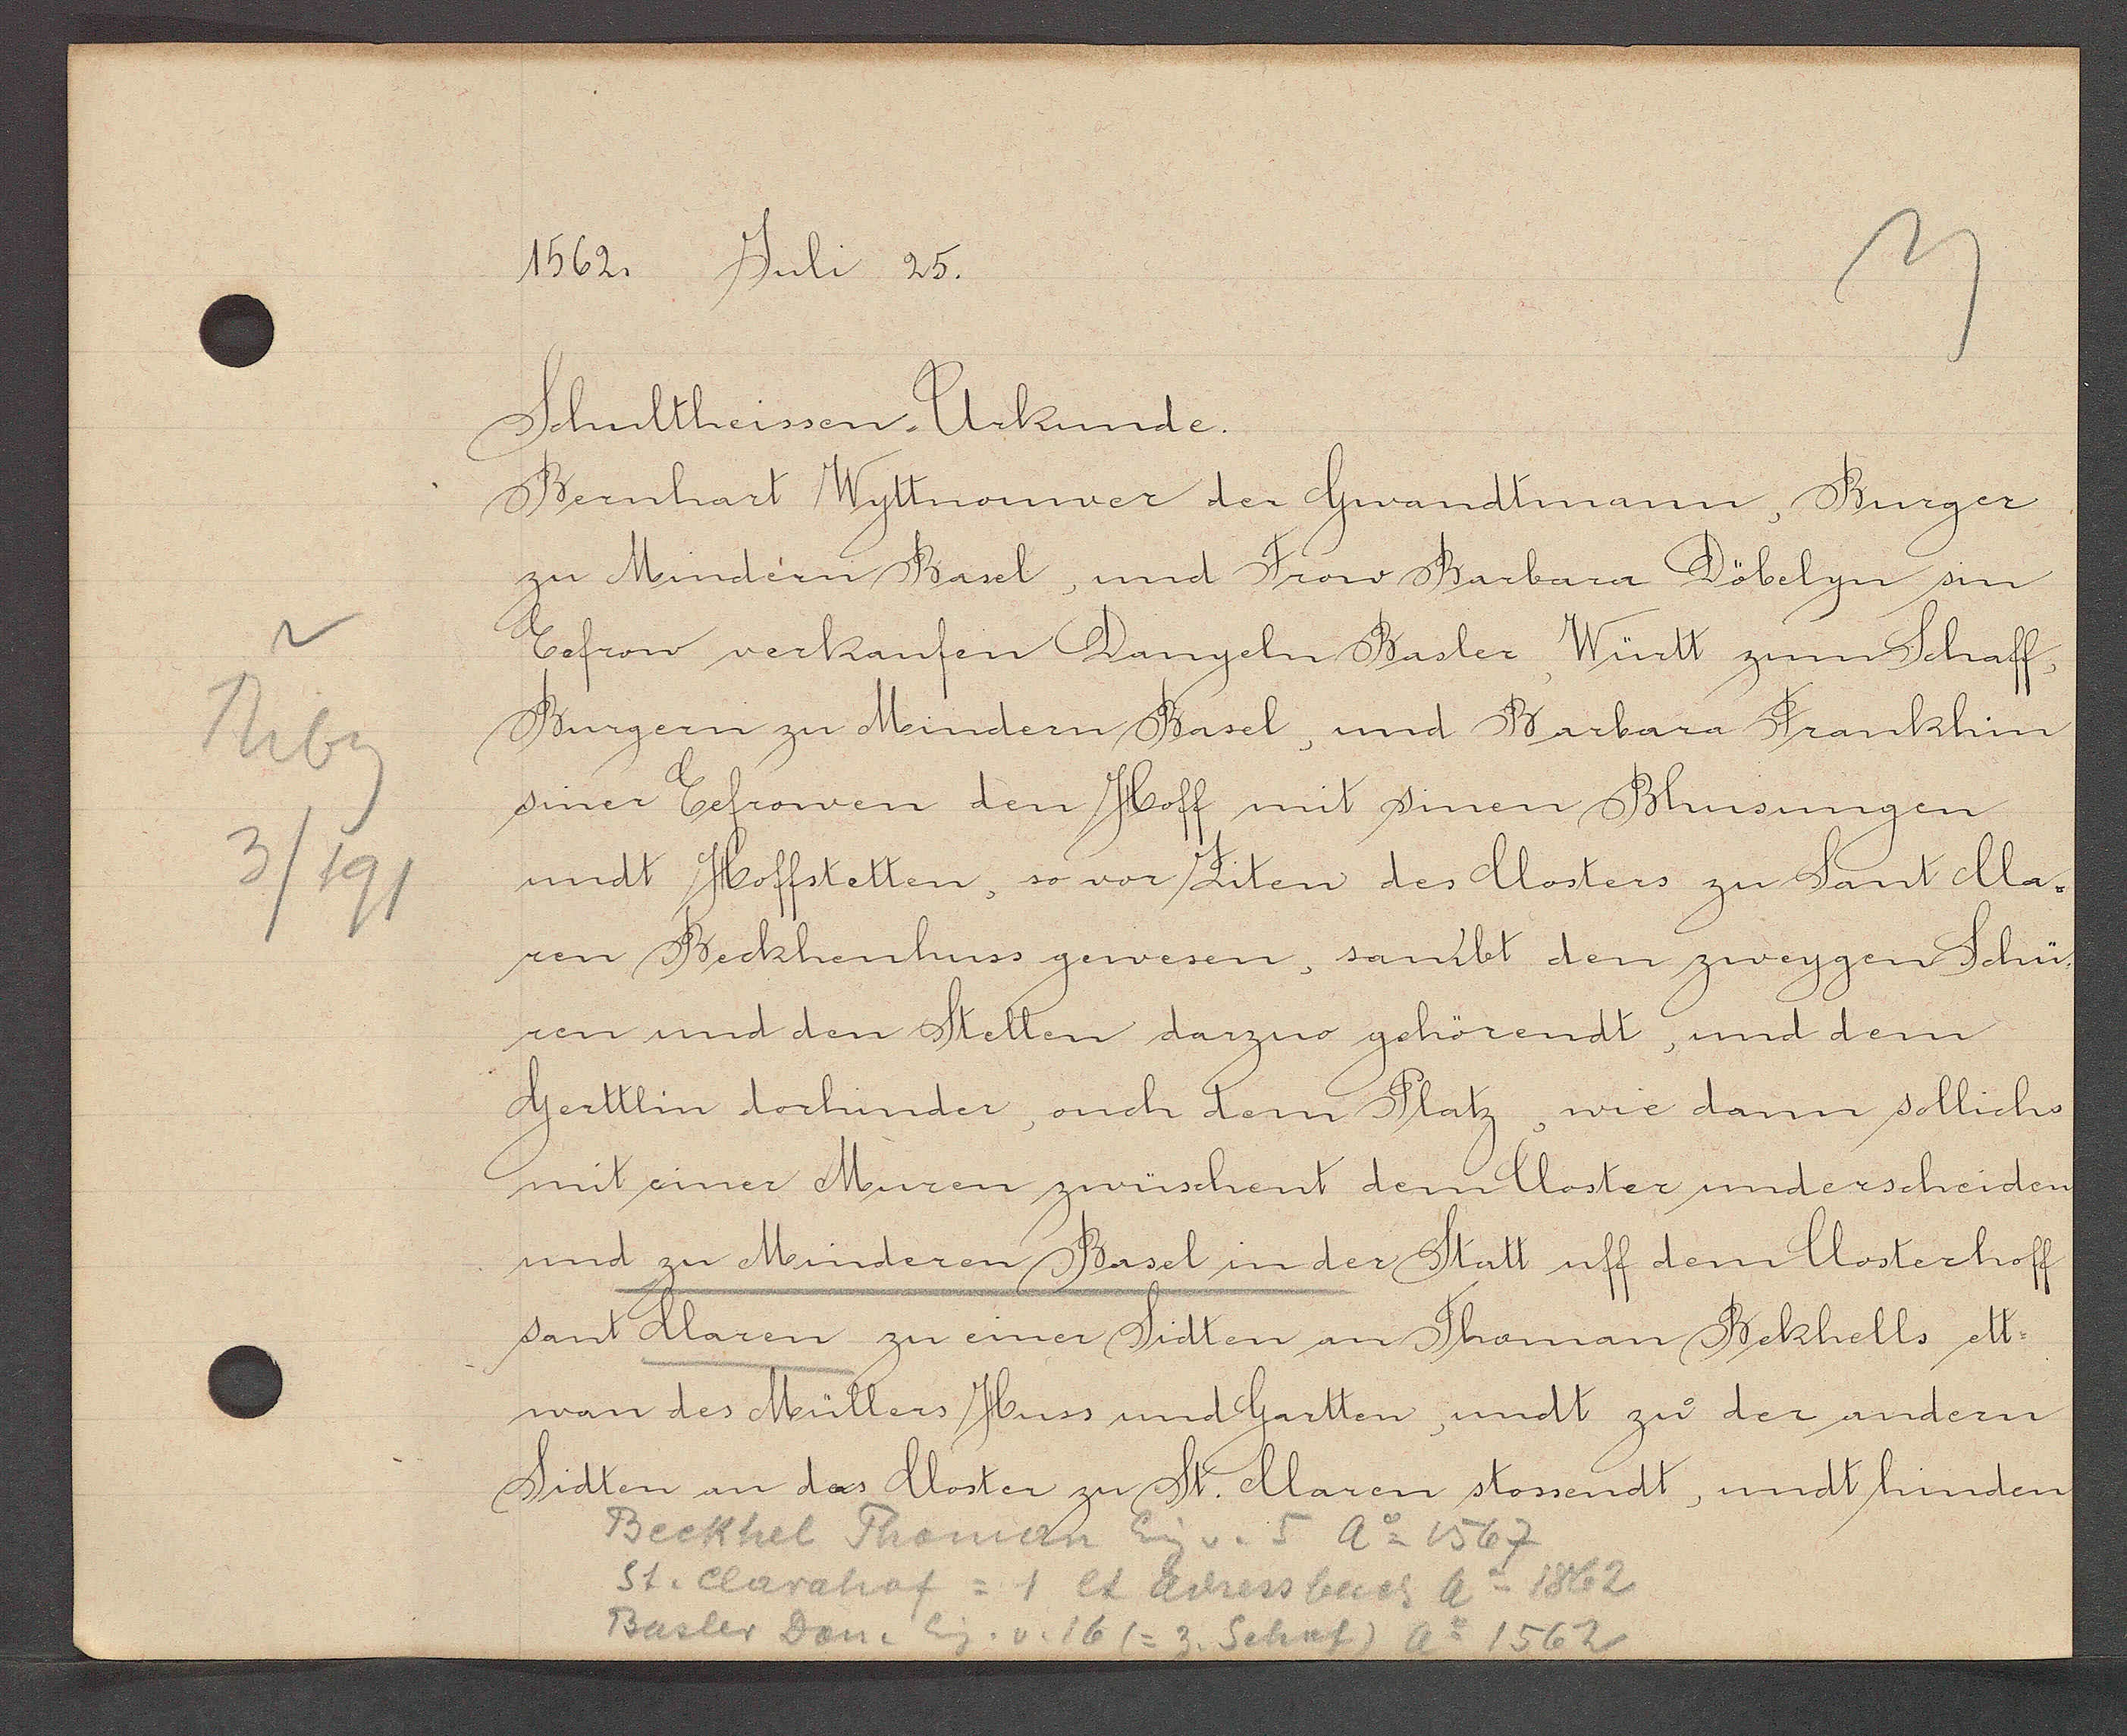
Transcript:
Rebg
3/91

1562. Juli 25.

Schultheissen Urkunde.
Bernhart Wytnauwer der Gwandtmann, Burger
zu Mindern Basel, und Frow Barbara Döbelyn sin
Eefrow verkaufen Danyeln Basler, Württ zum Schaff,
Burgern zu Mindern Basel, und Barbara Franklin
siner Eefrowen den Hoff mit sinen Bhusungen
undt Hoffstetten, so vor Ziten des Closters zu Sant Cla-
ren Beckhenhuss gewesen, sambt den zweygen Schü¬
ren und den Stetten darzuo gehörendt, und dem
Gerttlin dorhinder, ouch dem Platz, wie dann sollich
mit einer Muren zwüschent dem Closter und erscheiden
und zu Minderen Basel in der Statt uff dem Closterhoff
sant Claren zu einer Sidten an Thoman Bekhells ett¬
wan des Müllers Huss und Gartten, undt zu der andern
Sidten an das Closter zu St. Claren stossendt, undt hinden

Beckhel Thoman Eig v. 5 Ao 1567
St. Clarahof = 1 lt adessbuch ao 1862
Basler Don. Eig. v. 16 (=3. Schaf) ao 1562